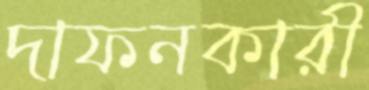
দাফনকারী